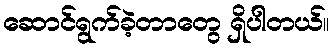
ဆောင်ရွက်ခဲ့တာတွေ ရှိပါတယ်။